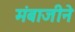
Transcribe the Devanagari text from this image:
मंबाजीने